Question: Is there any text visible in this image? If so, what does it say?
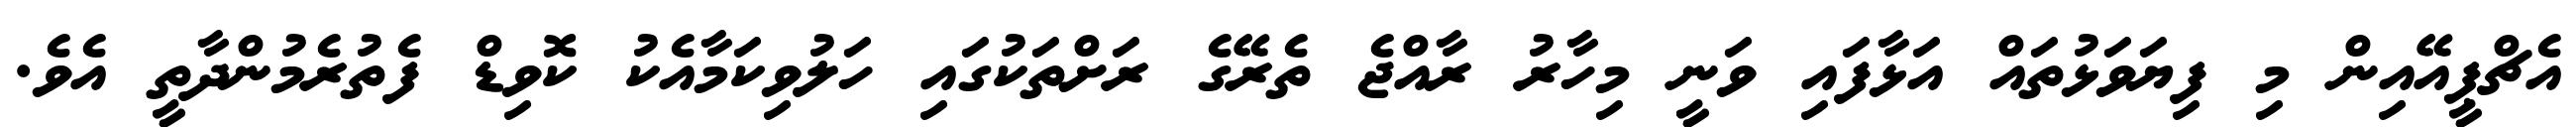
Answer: އެޗްޕީއޭއިން މި ފިޔަވަޅުތައް އަޅާފައި ވަނީ މިހާރު ރާއްޖެ ތެރޭގެ ރަށްތަކުގައި ހަލުވިކަމާއެކު ކޮވިޑް ފެތުރެމުންދާތީ އެވެ.